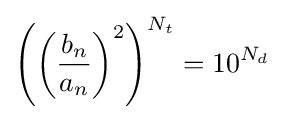
\left(\left({\frac {b_{n}}{a_{n}}}\right)^{2}\right)^{N_{t}}=10^{N_{d}}